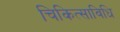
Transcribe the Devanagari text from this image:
चिकित्साविधि